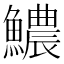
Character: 𩼅